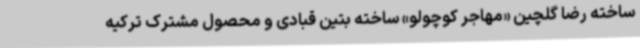
ساخته رضا گلچین «مهاجر کوچولو» ساخته بتین قبادی و محصول مشترک ترکیه